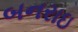
બનરાઇ